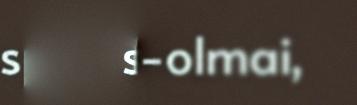
spittal-olmai,